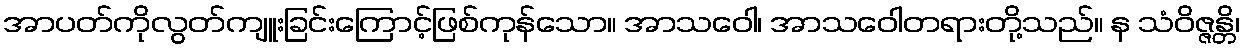
အာပတ်ကိုလွတ်ကျူးခြင်းကြောင့်ဖြစ်ကုန်သော။ အာသဝေါ၊ အာသဝေါတရားတို့သည်။ န သံဝိဇ္ဇန္တိ၊